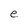
Character: e